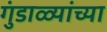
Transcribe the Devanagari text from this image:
गुंडाळ्यांच्या